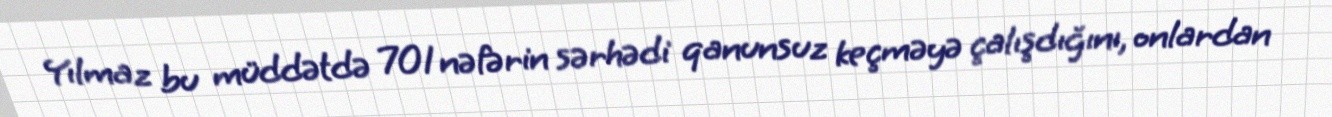
Yılmaz bu müddətdə 701 nəfərin sərhədi qanunsuz keçməyə çalışdığını, onlardan